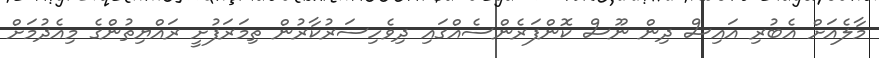
މާލެއަށް އެބުރި އައިސް ދިން ނޫސް ކޮންފަރެންސެއްގައި ދިވެހިސަރުކާރުން ތިމަރަފުށީ ރައްޔިތުންގެ މިއެދުމަށް